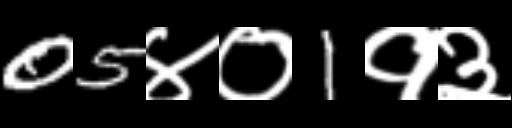
Text: 05४०1१३